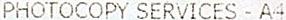
PHOTOCOPY SERVICES - A4